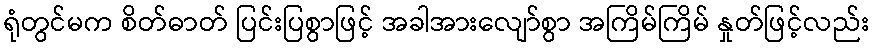
ရုံတွင်မက စိတ်ဓာတ် ပြင်းပြစွာဖြင့် အခါအားလျော်စွာ အကြိမ်ကြိမ် နှုတ်ဖြင့်လည်း